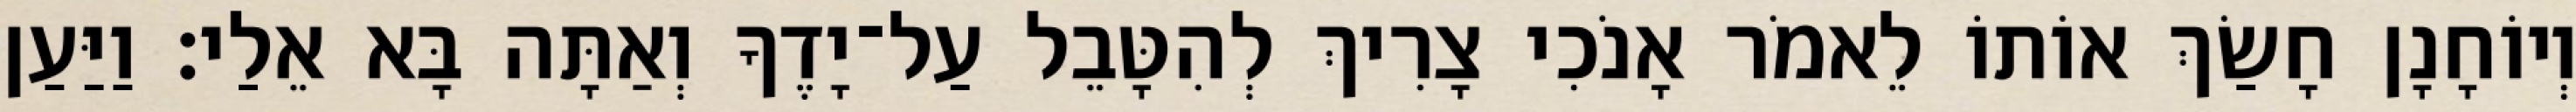
וְיוֹחָנָן חָשַׂךְ אוֹתוֹ לֵאמֹר אָנֹכִי צָרִיךְ לְהִטָּבֵל עַל־יָדֶךָ וְאַתָּה בָּא אֵלַי׃ וַיַּעַן